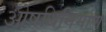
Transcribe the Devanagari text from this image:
ओषधिनिर्माण